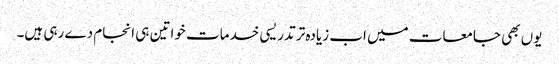
یوں بھی جامعات میں اب زیادہ تر تدریسی خدمات خواتین ہی انجام دے رہی ہیں۔